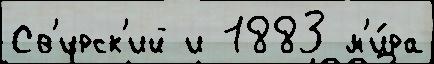
Св'ирск'ий и 1883 м'и́ра